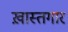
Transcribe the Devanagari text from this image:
ख़ास्तगार